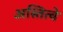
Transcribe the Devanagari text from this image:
अस्तित्वे